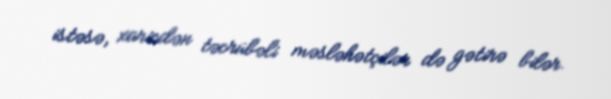
istəsə, xaricdən təcrübəli məsləhətçilər də gətirə bilər.